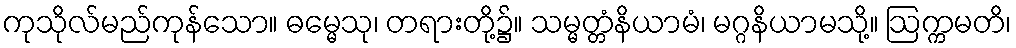
ကုသိုလ်မည်ကုန်သော။ ဓမ္မေသု၊ တရားတို့၌။ သမ္မတ္တံနိယာမံ၊ မဂ္ဂနိယာမသို့။ ဩက္ကမတိ၊